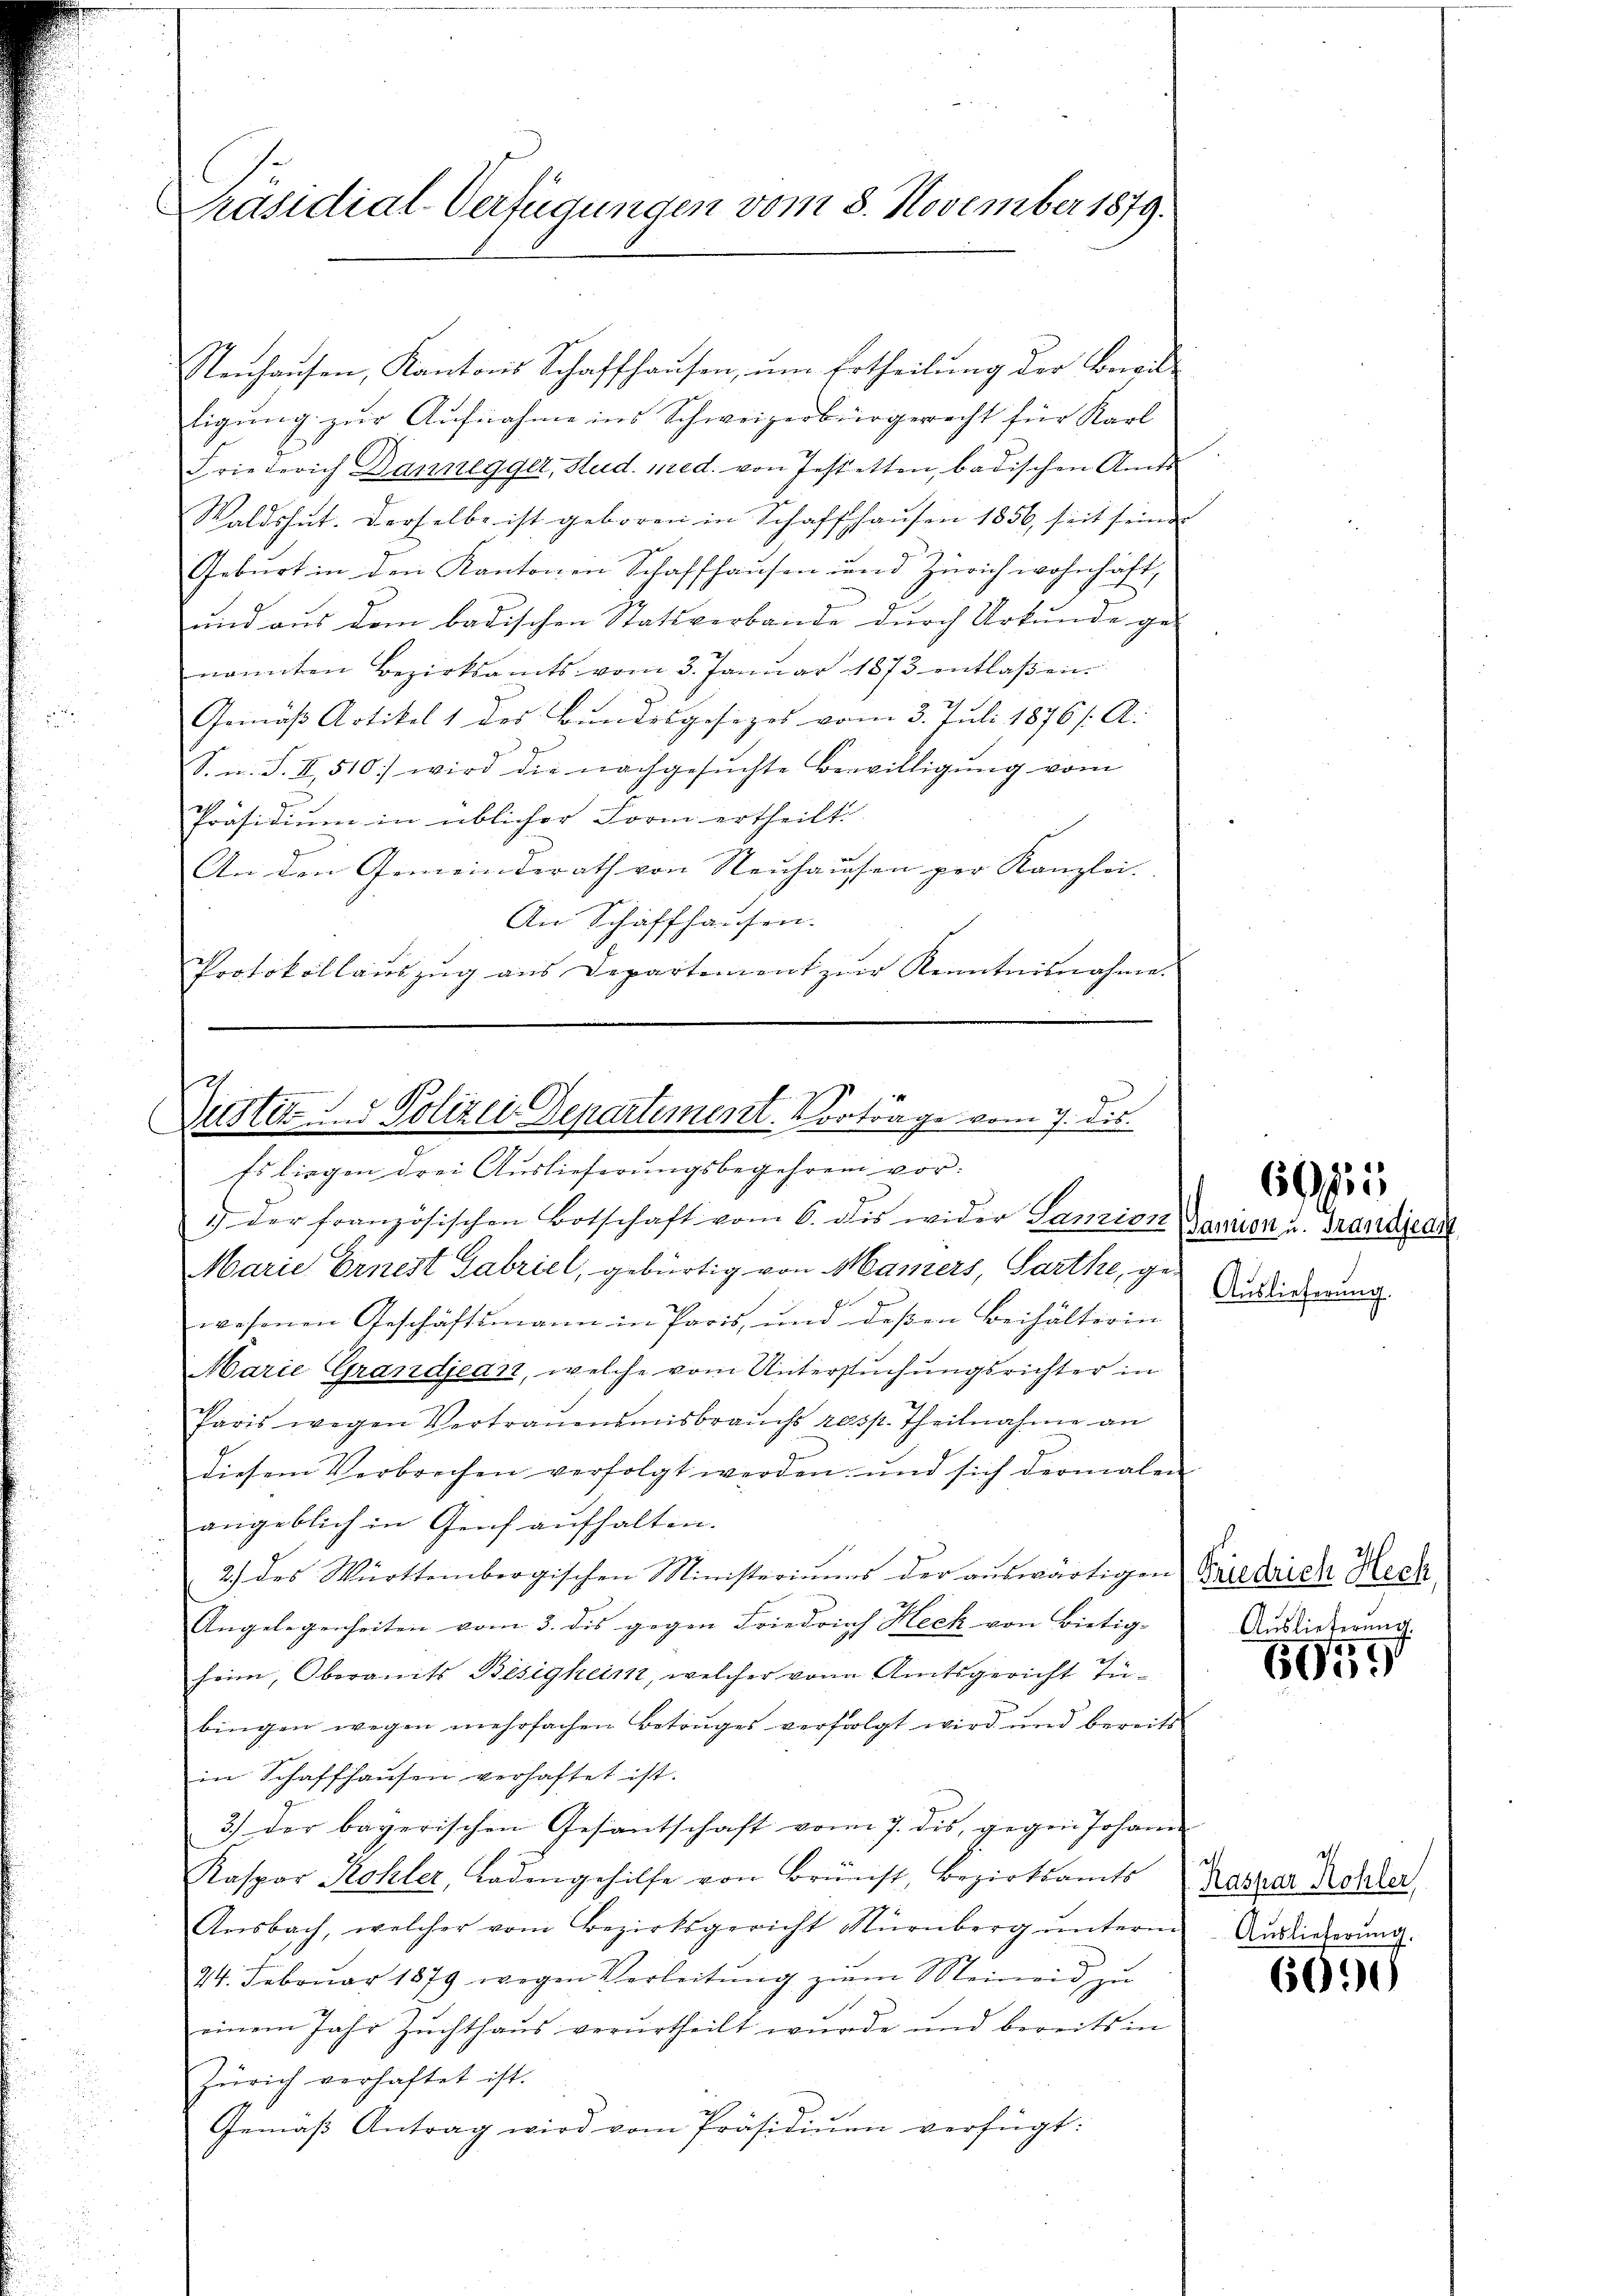
Präsidial-Verfügungen vom 8. November 1879.

Neuhausen, Kantons Schaffhaŭsen, ŭm Ertheilŭng der Bewil-
tigung zur Aufnahme ins Schweizerbürgerrecht für Karl
Friederich Dannegger, Stud. med. von Jestetten, badischen Amts
Waldshut. Derselbe ist geboren in Schaffhaŭsen 1856, seit seine
Geburt in den Kantonen Schaffhausen und Zürich wohnhaft,
und aus dem badischen Statsverbande durch Urkunde ge-
nannten Bezirksamts vom 3. Janŭar 1873 entlaßen.
Gemäß Artikel 1 des Bundesgesezes vom 3. Juli 1876/A.
S. m. S. II 510.) wird die nachgesŭchte Bewilligŭng vom
Präsidium in üblicher Form ertheilt.
An den Gemeinderath von Neuhaussen per Kanzlei-
An Schaffhausen.
Protokollaŭszŭg aŭs Departement zŭr Kenntnisnahme.

Dustiz- & Polizei Departement. Vorträge vom 7. Dis
Es liegen drei Auslieferungsbegehren vor.
1 der französischen Botschaft vom 6. dis wider Lanzion garan u. Brandisca

Marie Ernest Gabriel, gebürtig von Maiers, Sarthe, ge-
wesenen Geschäftsmann in Paris, und deβen Beihälterin
Marie Grandjean, welche vom Untersuchungsrichter in
Paris wegen Vertrauensmisbrauchs resp. Theilnahme an
diesem Verbrechen verfolgt werden und sich dermalen
angeblich in Genf aufhalten.
2.) des Württembergischen Ministeriums der auswärtigen Biedrich Rech
Angelegenheiten vom 3. des gegen Friedrich Heck von Bietig-
heim, Oberamts Bisigheim, welcher von Amtsgericht Tübingen wegen mehrfachen Betruges verfolgt wird und bereits
in Schaffhaŭsen verhaftet ist.
3) der bayerischen Gesantschaft vom 7. dis, gegen Johann
Kaspar Kohler, Ladengehilfe von Brünst, Bezirksamts
Ansbach, welcher vom Bezirksgericht Nürnberg ŭnterm
44. Febrŭar 1879 wegen Verleitŭng zŭm Meineid zu
einem Jahr Zŭchthaŭs verurtheilt wŭrde und bereits in
Zürich verhaftet ist.
Gemäß Antrag wird vom Präsidiŭen verfügt:

6095

Auslieferung.

Auslieferung.

6054

Raspar Kohler,
Auslieferung.

6090